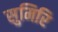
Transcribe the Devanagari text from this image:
सुमिरि